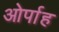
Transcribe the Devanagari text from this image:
ओर्पाह